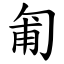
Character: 匍